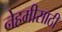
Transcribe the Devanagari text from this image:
नेहमीसाठी